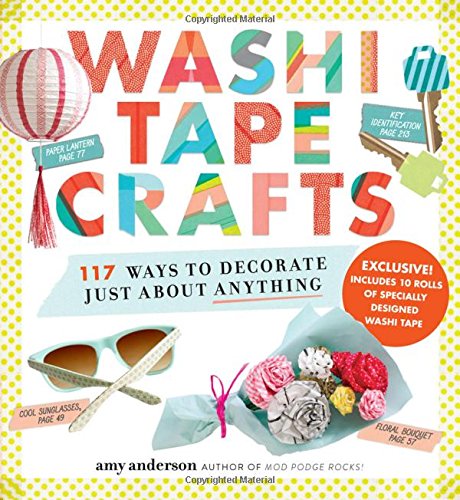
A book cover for Washi Tape Crafts: 110 Ways to Decorate Just About Anything; Amy Anderson; Crafts, Hobbies & Home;